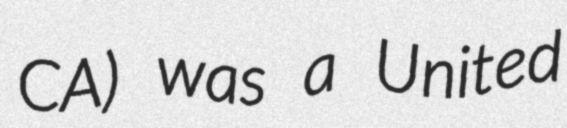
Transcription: CA) was a United